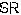
SR